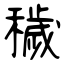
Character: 穢